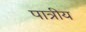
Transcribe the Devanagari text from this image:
पात्रीय